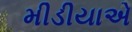
મીડીયાએ